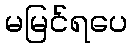
မမြင်ရပေ